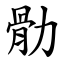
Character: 䯇